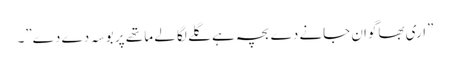
”اری بھاگوان جانے دے بچہ ہے گلے لگا لے ما تھے پر بو سہ دے دے”۔